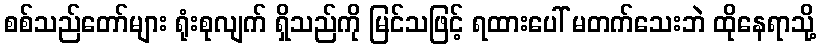
စစ်သည်တော်များ ရုံးစုလျက် ရှိသည်ကို မြင်သဖြင့် ရထားပေါ် မတက်သေးဘဲ ထိုနေရာသို့